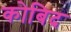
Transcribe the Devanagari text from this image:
कोबिद